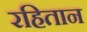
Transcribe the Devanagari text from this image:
रहितान